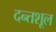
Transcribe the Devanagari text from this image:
दन्तशूल